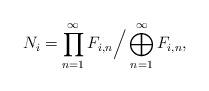
LaTeX: \begin{align*}N_i=\prod_{n=1}^\infty F_{i,n}\Big/\bigoplus_{n=1}^\infty F_{i,n},\end{align*}